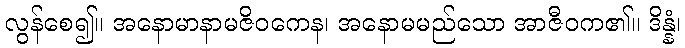
လွန်စေ၍။ အနောမာနာမဇိဝကေန၊ အနောမမည်သော အာဇီဝက၏။ ဒိန္နံ၊